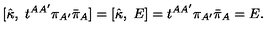
[ { \hat { \kappa } } , \ t ^ { A A ^ { \prime } } \pi _ { A ^ { \prime } } { \bar { \pi } } _ { A } ] = [ { \hat { \kappa } } , \ E ] = t ^ { A A ^ { \prime } } \pi _ { A ^ { \prime } } { \bar { \pi } } _ { A } = E .